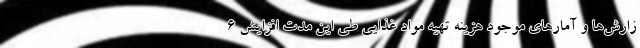
زارش‌ها و آمارهای موجود هزینه تهیه مواد غذایی طی این مدت افزایش ۶